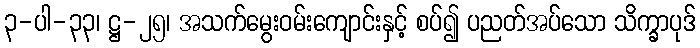
၃-ပါ-၃၃၊ ဋ္ဌ-၂၅၊ အသက်မွေးဝမ်းကျောင်းနှင့် စပ်၍ ပညတ်အပ်သော သိက္ခာပုဒ်